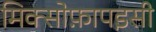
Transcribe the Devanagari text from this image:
मिक्सोफ़ापइसी